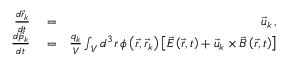
\begin{array} { r l r } { \frac { d \vec { r } _ { k } } { d t } } & { { } = } & { \vec { u } _ { k } \, , } \\ { \frac { d \vec { p } _ { k } } { d t } } & { { } = } & { \frac { q _ { k } } { V } \int _ { V } d ^ { 3 } r \, \phi \left( \vec { r } , \vec { r } _ { k } \right) \left[ \vec { E } \left( \vec { r } , t \right) + \vec { u } _ { k } \times \vec { B } \left( \vec { r } , t \right) \right] } \end{array}